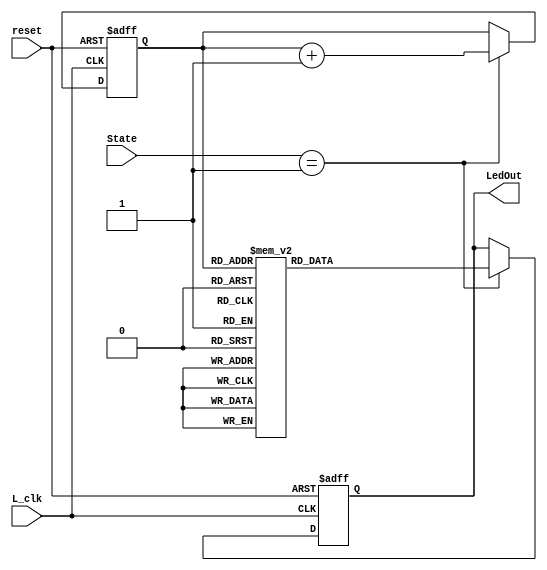
module LedMap(LedOut, State, L_clk, reset);
output reg [15:0] LedOut;
input [1:0] State;
input L_clk, reset;
reg [2:0] times;
always @(posedge L_clk or negedge reset)
begin
    if(!reset)
    begin
        times <= 3'd0;
        LedOut <= 16'd0;
    end
    else
    begin
        if(State == 2'b01)
        begin
            times <= times + 3'd1;
            case(times)
                3'b000:
                    LedOut <= 16'haaaa;
                3'b001:
                    LedOut <= 16'h5554;
                3'b010:
                    LedOut <= 16'h2aa8;
                3'b011:
                    LedOut <= 16'h1550;
                3'b100:
                    LedOut <= 16'h0aa0;
                3'b101:
                    LedOut <= 16'h0540;
                3'b110:
                    LedOut <= 16'h0280;
                3'b111:
                    LedOut <= 16'h0100;
            endcase
        end
    end
end
endmodule